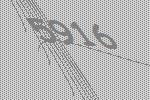
5916